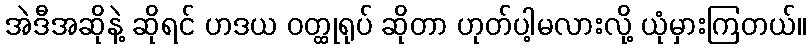
အဲဒီအဆိုနဲ့ ဆိုရင် ဟဒယ ဝတ္ထုရုပ် ဆိုတာ ဟုတ်ပါ့မလားလို့ ယုံမှားကြတယ်။